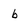
Character: b